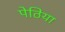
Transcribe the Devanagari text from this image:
पेठिया